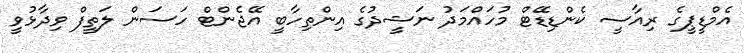
އެމްޑީޕީގެ ރިއާސީ ކެންޑިޑޭޓް މުހައްމަދު ނަޝީދުގެ އިންތިހާބީ އޭޖެންޓް ހަސަން ލަތީފް ވިދާޅުވީ